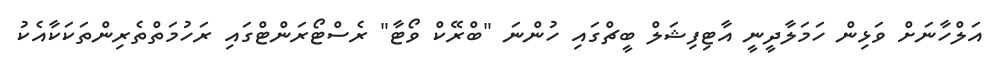
އަލްހާނަށް ވަޅިން ހަމަލާދީނީ އާޓިފިޝަލް ބީޗްގައި ހުންނަ "ބްރޭކް ވޯޓާ" ރެސްޓޯރަންޓްގައި ރަހުމަތްތެރިންތަކަކާއެކު